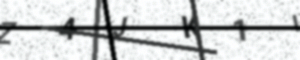
Text: Z4JK1I